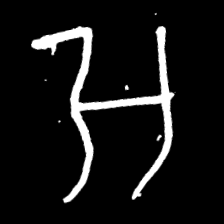
Pyu character \u2014 Myanmar letter: အ (romanized: a)